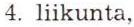
4. liikunta,